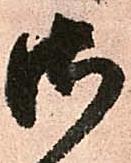
御